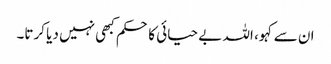
ان سے کہو، اللہ بے حیائی کا حکم کبھی نہیں دیا کرتا۔